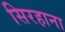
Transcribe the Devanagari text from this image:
सिरहाना